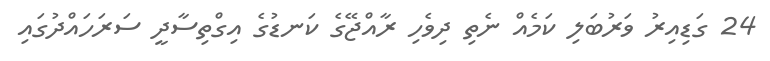
24 ގަޑިއިރު ވަރުބަލި ކަމެއް ނެތި ދިވެހި ރާއްޖޭގެ ކަނޑުގެ އިގްތިސާދީ ސަރަހައްދުގައި